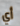
أي